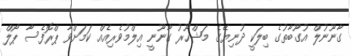
ގާނޫނުލް އުގޫބާތުގެ ބިލަކީ ދުނިޔޭގެ މަޝްހޫރު ގާނޫނީ އިލްމުވެރިއެއް ކަމަށްވާ ޕްރޮފެސާ ޕޯލް